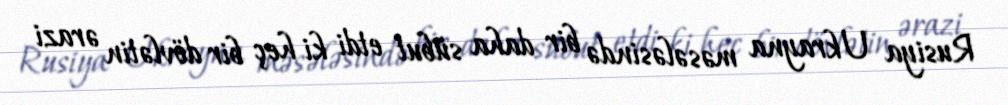
Rusiya Ukrayna məsələsində bir daha sübut etdi ki heç bir dövlətin ərazi